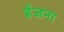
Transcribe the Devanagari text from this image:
ईजना